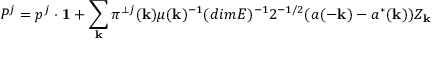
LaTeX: P ^ { j } = p ^ { j } \cdot { \bf 1 } + \sum _ { \bf k } \pi ^ { \perp j } ( { \bf k } ) \mu ( { \bf k } ) ^ { - 1 } ( d i m E ) ^ { - 1 } 2 ^ { - 1 / 2 } ( a ( - { \bf k } ) - a ^ { * } ( { \bf k } ) ) Z _ { \bf k }